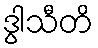
ဒွါသီတိ